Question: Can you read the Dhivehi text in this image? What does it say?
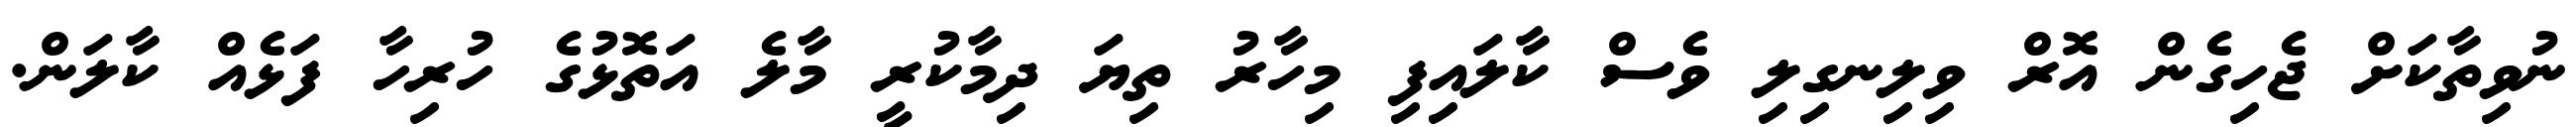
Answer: ނުވިތާކަށް ޖެހިގެން އޮރް ވިލިނގިލި ވެސް ކާލައިފި މިހާރު ތިޔަ ދިމާކުރީ މާލެ އަތޮޅުގެ ހުރިހާ ފަޅެއް ކާލަން.